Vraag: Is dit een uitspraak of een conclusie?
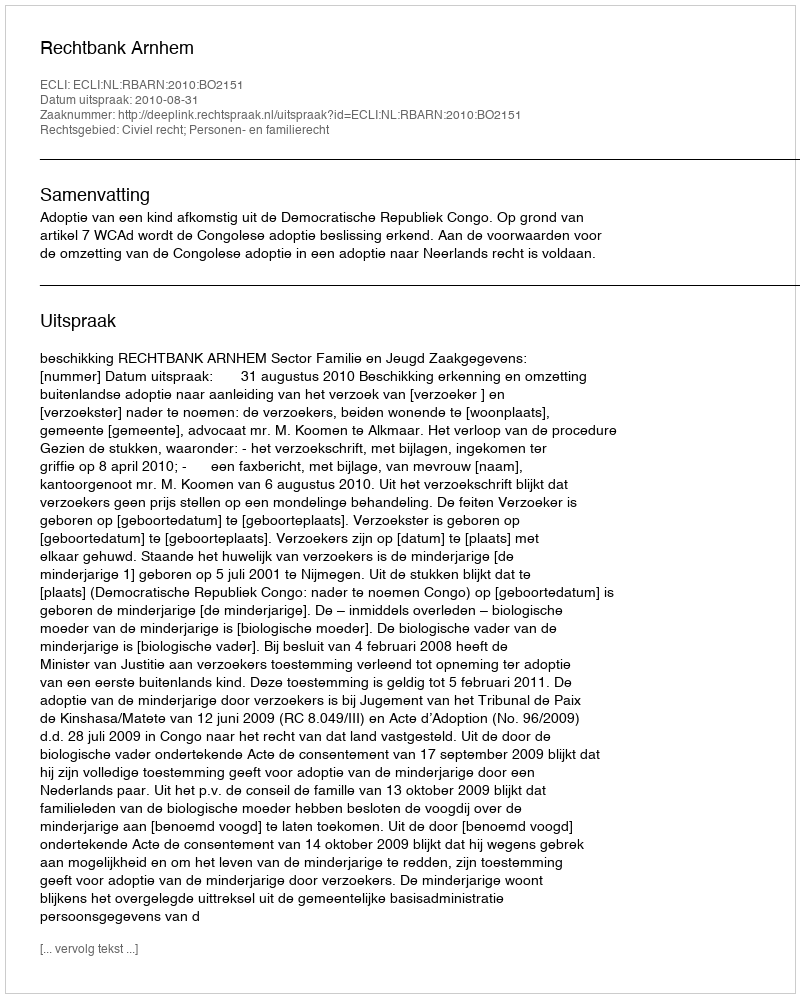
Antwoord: Uitspraak